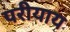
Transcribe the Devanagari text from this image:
परीयाय